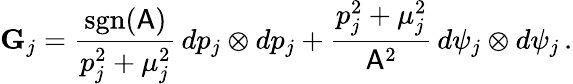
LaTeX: \mathbf{G}_{j}=\frac{\mathrm{sgn}(\mathsf{A})}{p_{j}^{2}+\mu_{j}^{2}}\, dp_{j}\otimes dp_{j}+\frac{p_{j}^{2}+\mu_{j}^{2}}{\mathsf{A}^{2}}\, d\psi_{j}\otimes d\psi_{j}\, .